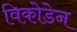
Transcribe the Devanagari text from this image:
विकोडेन